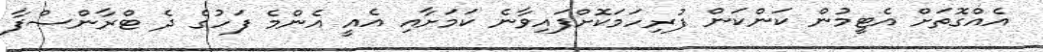
އެއްގޮތަށް އެޓީމުން ކަންކަން ފުރިހަމަކޮށްފައިވާނެ ކަމަށާއި އެއީ އެންމެ ފަހުގެ ދެ ޓްރާންސްފާ